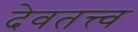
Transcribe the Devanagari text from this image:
देवतत्त्व